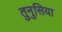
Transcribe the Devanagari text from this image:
तुनुसिया